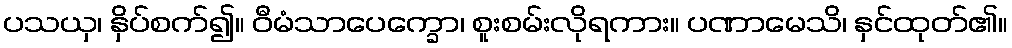
ပသယှ၊ နှိပ်စက်၍။ ဝီမံသာပေက္ခော၊ စူးစမ်းလိုရကား။ ပဏာမေသိ၊ နှင်ထုတ်၏။